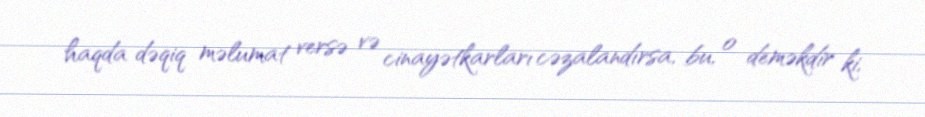
haqda dəqiq məlumat versə və cinayətkarları cəzalandırsa, bu, o deməkdir ki,